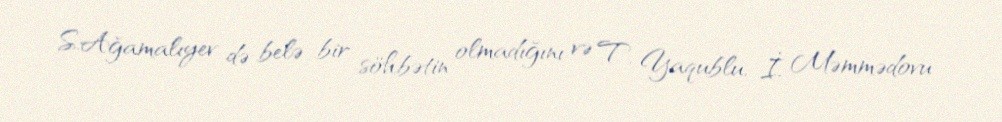
S.Ağamalıyev də belə bir söhbətin olmadığını və T. Yaqublu, İ. Məmmədovu